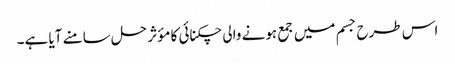
اس طرح جسم میں جمع ہونے والی چکنائی کا مؤثر حل سامنے آیا ہے۔